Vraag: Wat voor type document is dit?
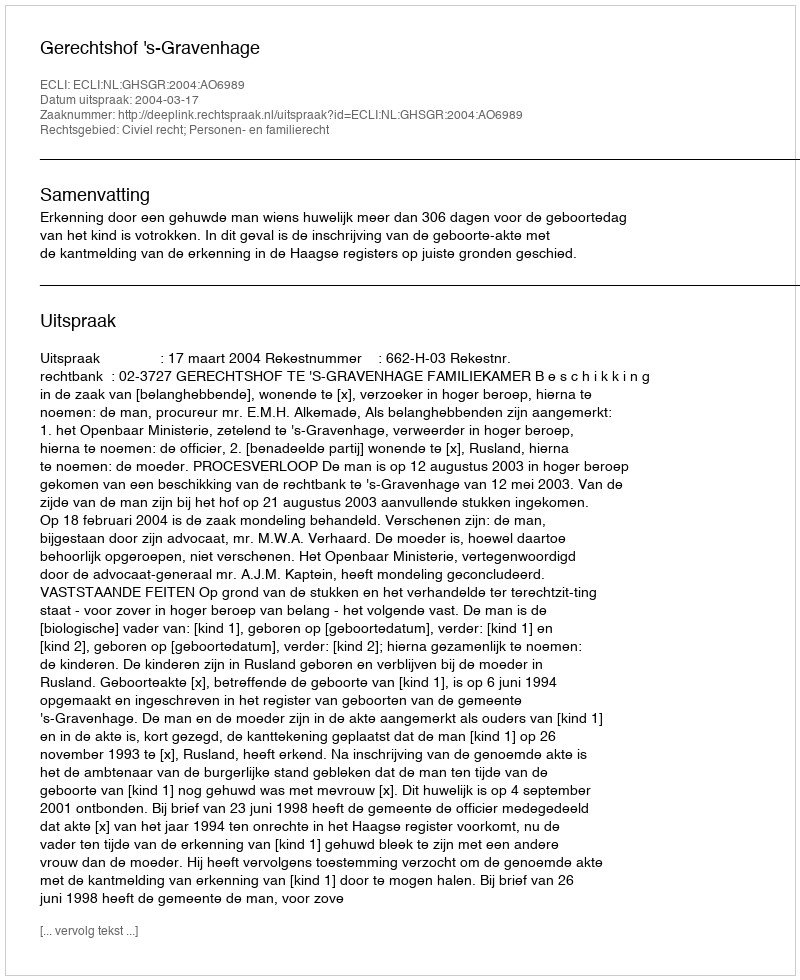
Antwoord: Uitspraak